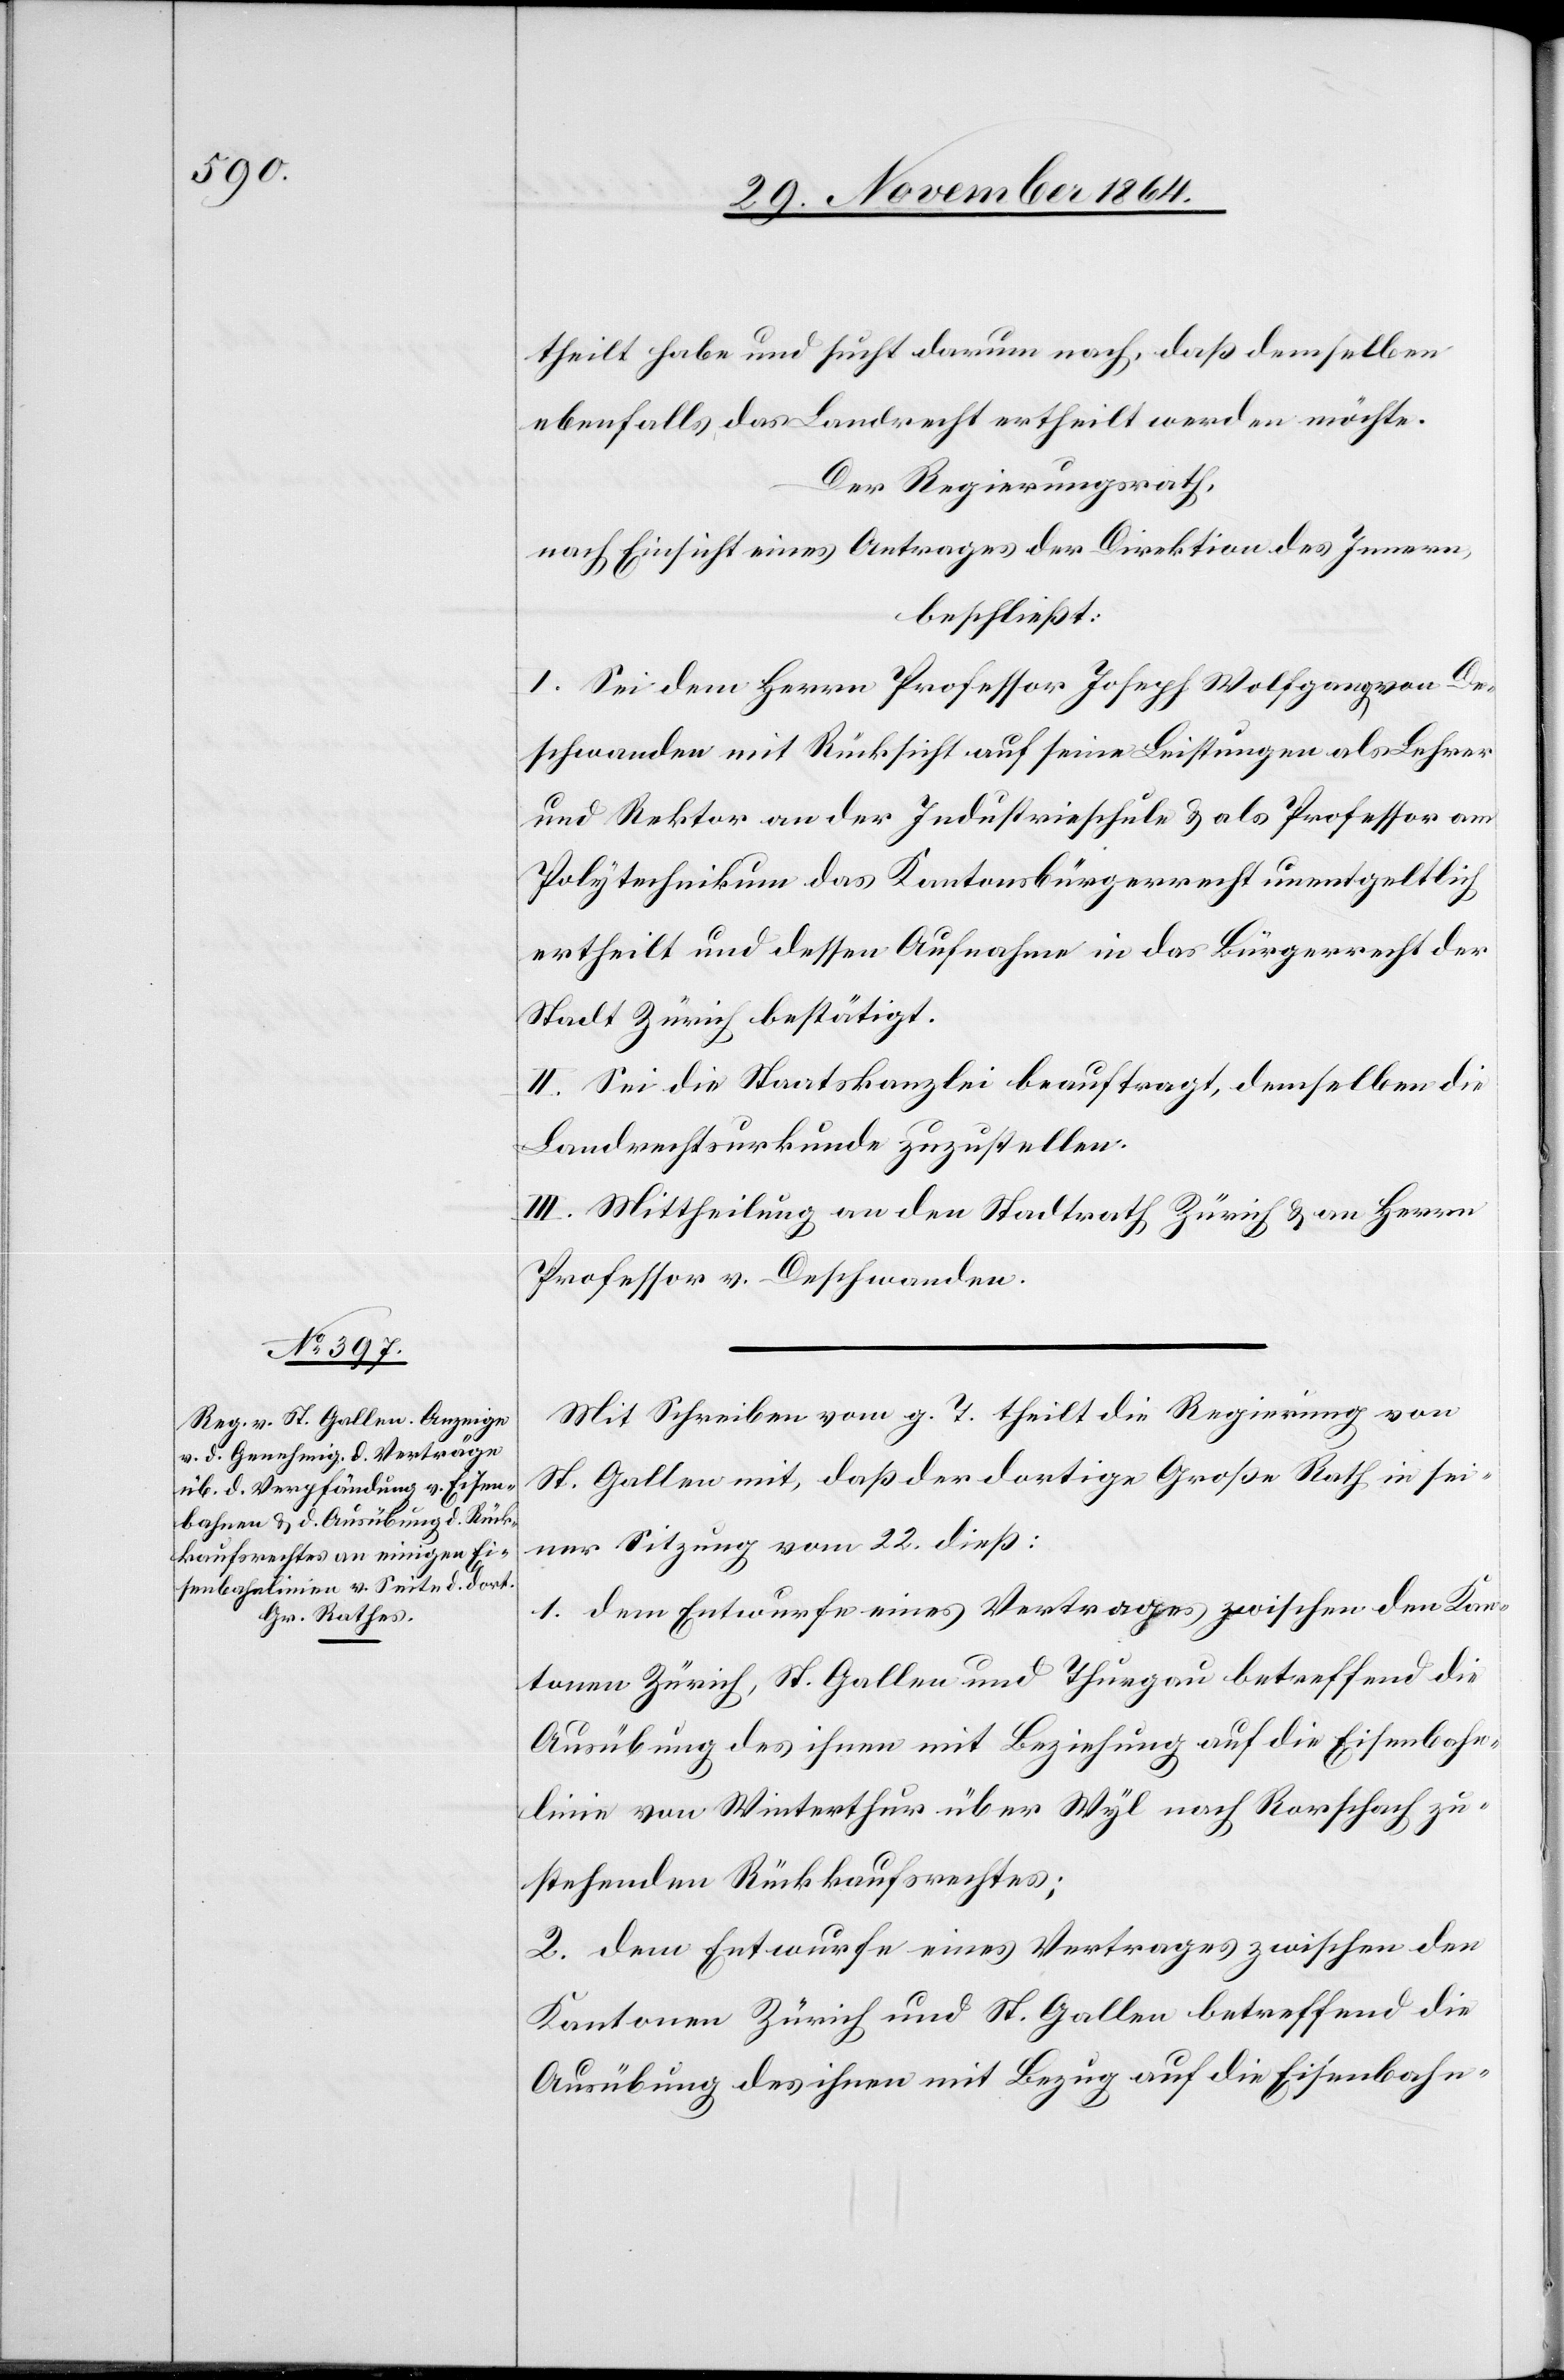
theilt habe und sucht darum nach, daß demselben
ebenfalls das Landrecht ertheilt werden möchte.
Der Regierungsrath,
nach Einsicht eines Antrages der Direktion des Innern,
beschließt:
I. Sei dem Herrn Professor Joseph Wolfgang von De¬
schwanden mit Rücksicht auf seine Leistungen als Lehrer
und Rektor an der Industrieschule & als Professor am
Polytechnikum das Kantonsbürgerrecht unentgeltlich
ertheilt und dessen Aufnahme in das Bürgerrecht der
Stadt Zürich bestätigt.
II. Sei die Staatskanzlei beauftragt, demselben die
Landrechtsurkunde zuzustellen.
Mit Schreiben vom g. T. theilt die Regierung von
St. Gallen mit, daß der dortige Große Rath in sei¬
ner Sitzung vom 22. dieß:
1. dem Entwurfe eines Vertrages zwischen den Kan¬
tonen Zürich, St. Gallen und Thurgau betreffend die
Ausübung des ihnen mit Beziehung auf die Eisenbahn¬
linie von Winterthur über Wyl nach Rorschach zu¬
stehenden Rückkaufsrechtes;
2. dem Entwurfe eines Vertrages zwischen den
Kantonen Zürich und St. Gallen betreffend die
Ausübung des ihnen mit Bezug auf die Eisenbahn-